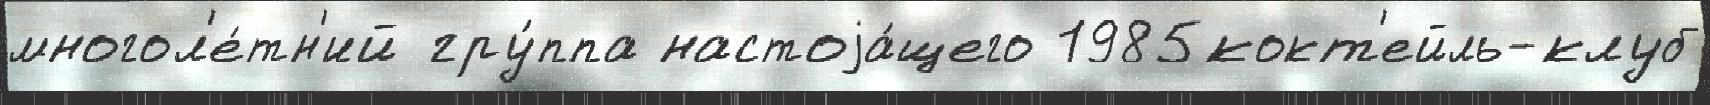
многол'е́тн'ий гру́ппа настоjа́щего 1985кокт'ейль-клуб